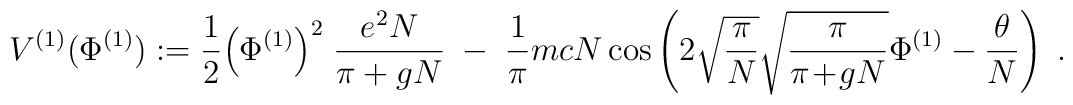
V^{(1)} ( \Phi^{(1)} ) :=\frac{1}{2} \Big( \Phi^{(1)} \Big)^2 \; \frac{e^2 N}{\pi+gN} \; - \;\frac{1}{\pi} m c N\cos \left(2 \sqrt{\frac{\pi}{N}} \sqrt{\frac{\pi}{\pi\!+\!gN}} \Phi^{(1)}- \frac{\theta}{N} \right)\; .